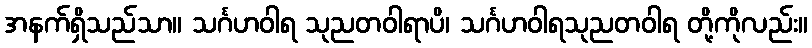
အနက်ရှိသည်သာ။ သင်္ဂဟဝါရ သုညတဝါရာပိ၊ သင်္ဂဟဝါရသုညတဝါရ တို့ကိုလည်း။